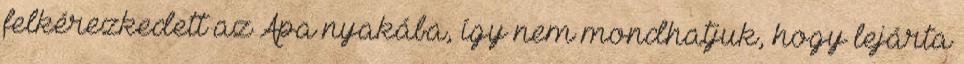
felkérezkedett az Apa nyakába, így nem mondhatjuk, hogy lejárta